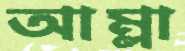
আম্লা